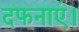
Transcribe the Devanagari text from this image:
दफनाएं।